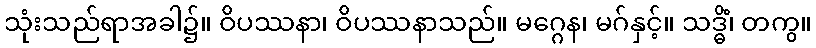
သုံးသည်ရာအခါ၌။ ဝိပဿနာ၊ ဝိပဿနာသည်။ မဂ္ဂေန၊ မဂ်နှင့်။ သဒ္ဓိံ၊ တကွ။